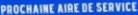
PROCHAINE AIRE DE SERVICE